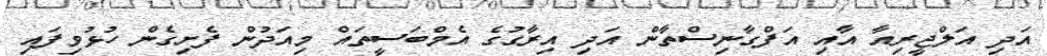
އަދި އަލްޖީރިއާ އާއި އަފްގާނިސްތާން އަދި އިރާގުގެ އެމްބަސީތައް މިއަދުން ފެށިގެން ހުޅުވިފައި